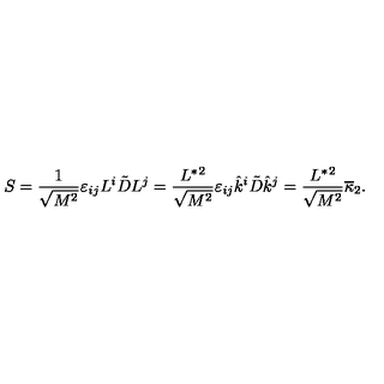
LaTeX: S = { \frac { 1 } { \sqrt { M ^ { 2 } } } } \varepsilon _ { i j } L ^ { i } \tilde { D } L ^ { j } = { \frac { L ^ { * } { } ^ { 2 } } { \sqrt { M ^ { 2 } } } } \varepsilon _ { i j } \hat { k } ^ { i } \tilde { D } \hat { k } ^ { j } = { \frac { L ^ { * } { } ^ { 2 } } { \sqrt { M ^ { 2 } } } } \overline { \kappa } _ { 2 } .